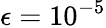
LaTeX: \epsilon=10^{-5}